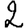
Digit: 2